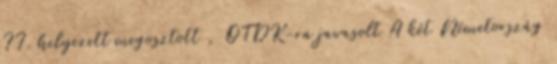
II. helyezett megosztott , OTDK-ra javasolt A két Németország